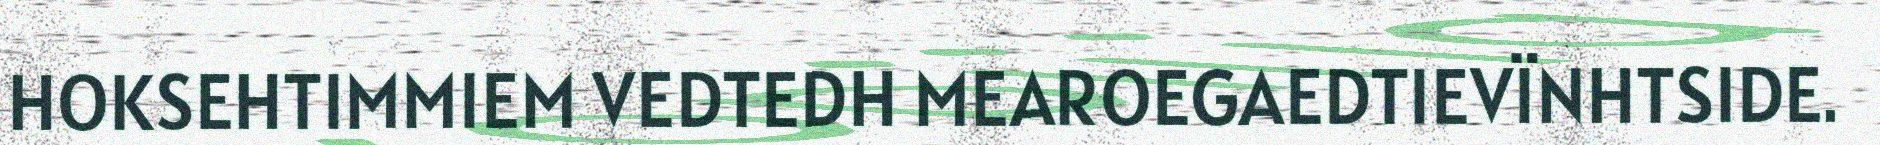
HOKSEHTIMMIEM VEDTEDH MEAROEGAEDTIEVÏNHTSIDE.